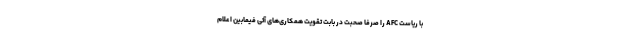
با ریاست AFC را صرفاً صحبت در بابت تقویت همکاری‌های آتی فیمابین اعلام